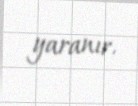
yaranır.